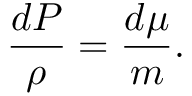
\frac { d P } { \rho } = \frac { d \mu } { m } .